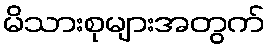
မိသားစုများအတွက်